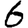
Digit: 6